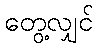
တွေ့လျှင်